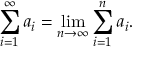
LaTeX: \sum _ { i = 1 } ^ { \infty } a _ { i } = \operatorname* { l i m } _ { n \to \infty } \sum _ { i = 1 } ^ { n } a _ { i } .